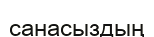
санасыздың